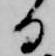
日